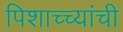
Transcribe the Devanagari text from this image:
पिशाच्च्यांची